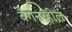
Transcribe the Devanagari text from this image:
वैगनव्हील